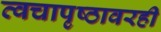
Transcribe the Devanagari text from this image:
त्वचापृष्ठावरही